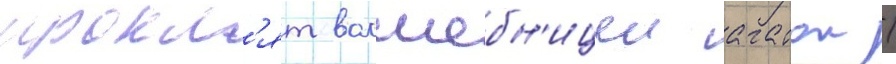
прокл'ят волшебн'ицеи агатои /